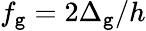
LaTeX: f_{\mathtt{g}}=2\Delta_{\mathtt{g}}/h